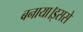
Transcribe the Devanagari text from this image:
बनाया।इससे